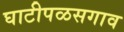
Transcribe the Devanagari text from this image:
घाटीपळसगाव